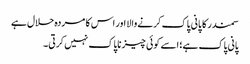
سمندر کا پانی پاک کرنےوالا اور اس کا مردہ حلال ہے
پانی پاک ہے؛ اسے کوئی چیز ناپاک نہیں کرتی۔